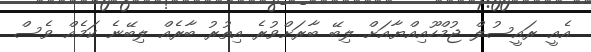
އެއީ ރައީސުލް ޖުމްހޫއިއްޔާއަށް ލިބޭ ބާރަށްވުރެ އިތުރު ބާރެއް ލިބޭނެ ކަމެއް ވެސް